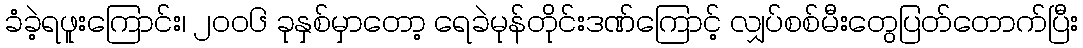
ခံခဲ့ရဖူးကြောင်း၊ ၂၀၀၆ ခုနှစ်မှာတော့ ရေခဲမုန်တိုင်းဒဏ်ကြောင့် လျှပ်စစ်မီးတွေပြတ်တောက်ပြီး